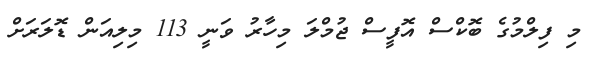
މި ފިލްމުގެ ބޮކްސް އޮފީސް ޖުމްލަ މިހާރު ވަނީ 113 މިލިއަން ޑޮލަރަށް